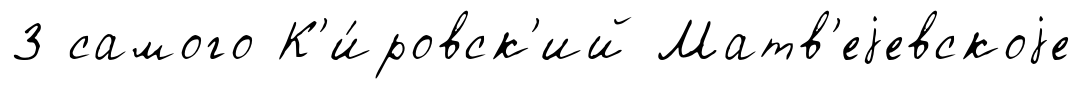
3 самого К'и́ровск'ий Матв'еjевскоjе